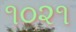
૧૦૨૧